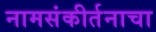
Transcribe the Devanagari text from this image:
नामसंकीर्तनाचा